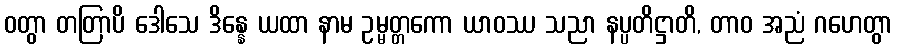
ဝတွာ တတြာပိ ဒေါသေ ဒိန္နေ ယထာ နာမ ဥမ္မတ္တကော ယာဝဿ သညာ နပ္ပတိဋ္ဌာတိ, တာဝ အညံ ဂဟေတွာ